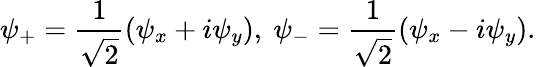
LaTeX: \psi_{+}=\frac{1}{\sqrt{2}}\left(\psi_{x}+i\psi_{y}\right),\ \psi_{-}=\frac{1}{\sqrt{2}}\left(\psi_{x}-i\psi_{y}\right).